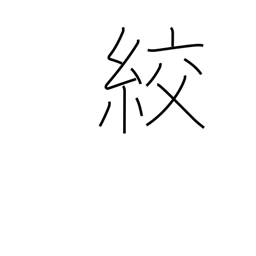
Meaning: strangle